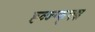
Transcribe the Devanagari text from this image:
ह्व्ज्ग्फ्फ्झ